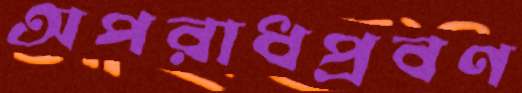
অপরাধপ্রবণ